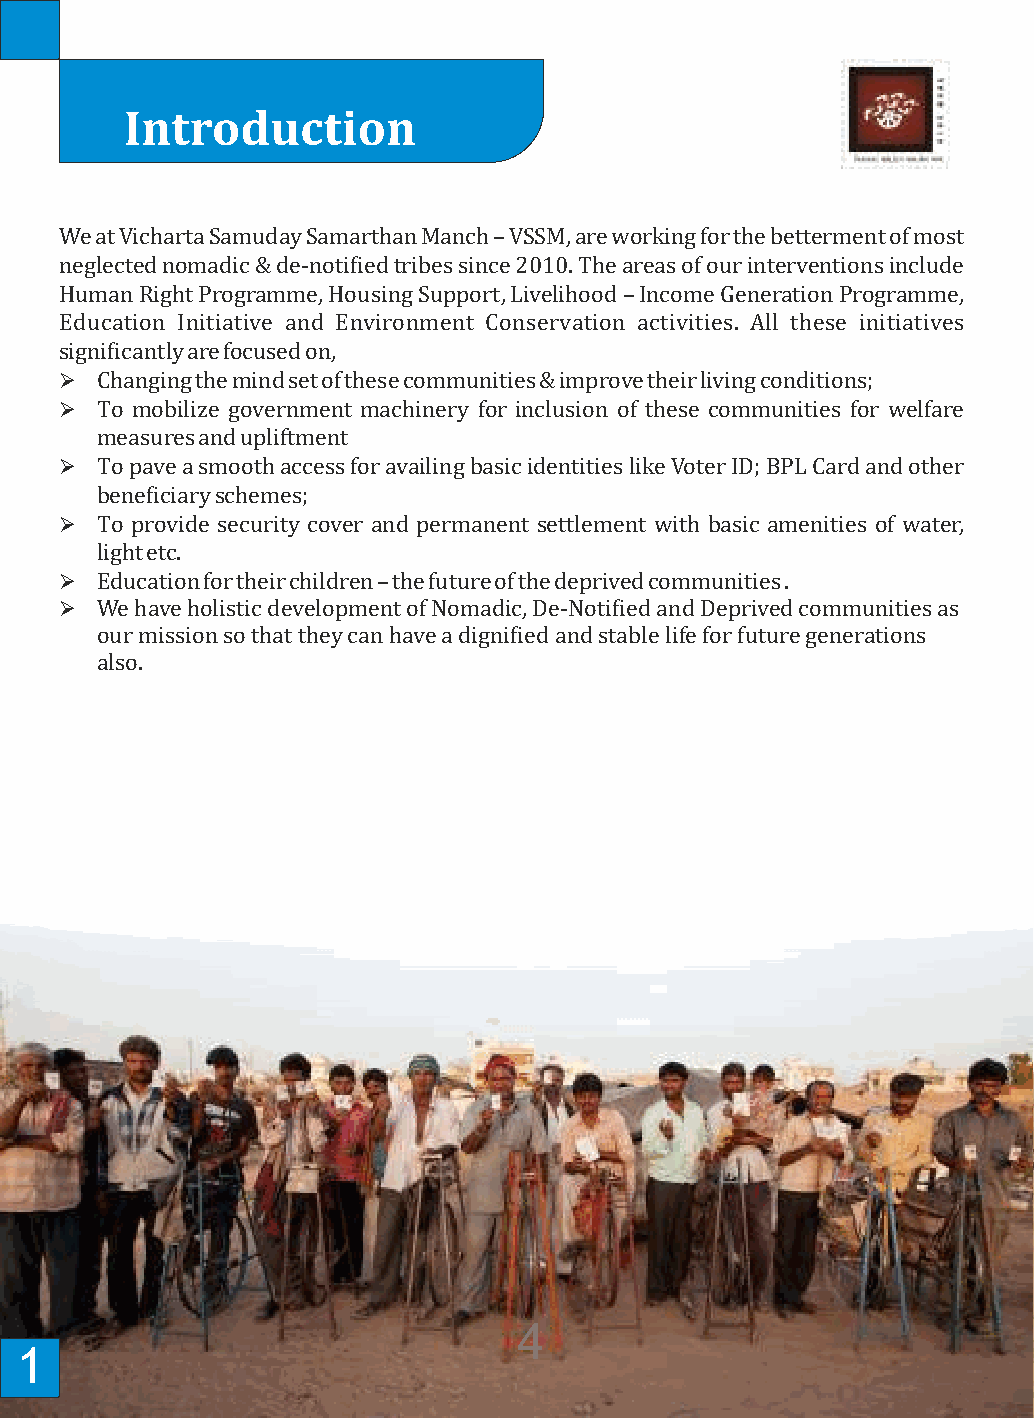
Introduction                                                        VICHARTA   SAMUDAY    SAMARTHAN    MANCH
 We at Vicharta Samuday Samarthan Manch – VSSM, are working for the betterment of most      VSSM’s Vision
 neglected nomadic & de-notiied tribes since 2010. The areas of our interventions include
 Human Right Programme, Housing Support, Livelihood – Income Generation Programme,
 The Nomadic and De-notiied tribes attain identity and live a digniied life.
 Education Initiative and Environment Conservation activities. All these initiatives
 signiicantly are focused on,                                                             VSSM’s Mission
 Ø Changing the mind set of these communities & improve their living conditions;
 Ø To mobilize government machinery for inclusion of these communities for welfare
 VSSM strives to create an empathetic social and political environment that is willing to
 measures and upliftment
 enable inclusive growth of the Nomadic and de-notiied communities. Simultaneously,
 Ø To pave a smooth access for availing basic identities like Voter ID; BPL Card and other
 design community-based interventions that triggers a progressive change from within.
 beneiciary schemes;
 Ø To provide security cover and permanent settlement with basic amenities of water,
 Who are the nomadic and de-notiied communities?
 light etc.
 Ø Education for their children – the future of the deprived communities .
 The various communities of Nomadic and De-Notiied Tribes (NT-DNT) are some of the
 Ø We have holistic development of Nomadic, De-Notiied and Deprived communities as
 extremely marginalized people of India. The mention of NT-DNT evokes a sense of mystic
 our mission so that they can have a digniied and stable life for future generations
 and intrigue. They were our wandering tribes, the gypsies. In the bygone days their skills
 also.
 and crafts were revered; the dexterous services they offered were unmatched and were
 adored for the entertainment they provided. We have seen, felt and heard their presence
 in our cities and countryside till early or mid 80s. But the industrialization and
 modernization has proven to be a bane rather than a boon for these communities. The
 technological innovations literally shattered their traditional occupations. These
 communities, which were such an integral part of the economy in the past, have been
 forgotten.
 4
 1                                                                                                                                  2